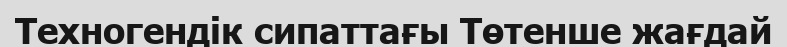
Техногендік сипаттағы Төтенше жағдай